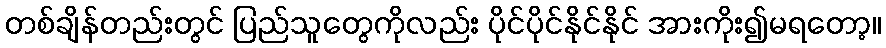
တစ်ချိန်တည်းတွင် ပြည်သူတွေကိုလည်း ပိုင်ပိုင်နိုင်နိုင် အားကိုး၍မရတော့။